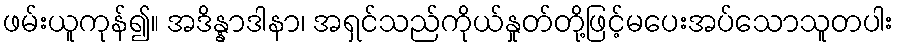
ဖမ်းယူကုန်၍။ အဒိန္နာဒါနာ၊ အရှင်သည်ကိုယ်နှုတ်တို့ဖြင့်မပေးအပ်သောသူတပါး